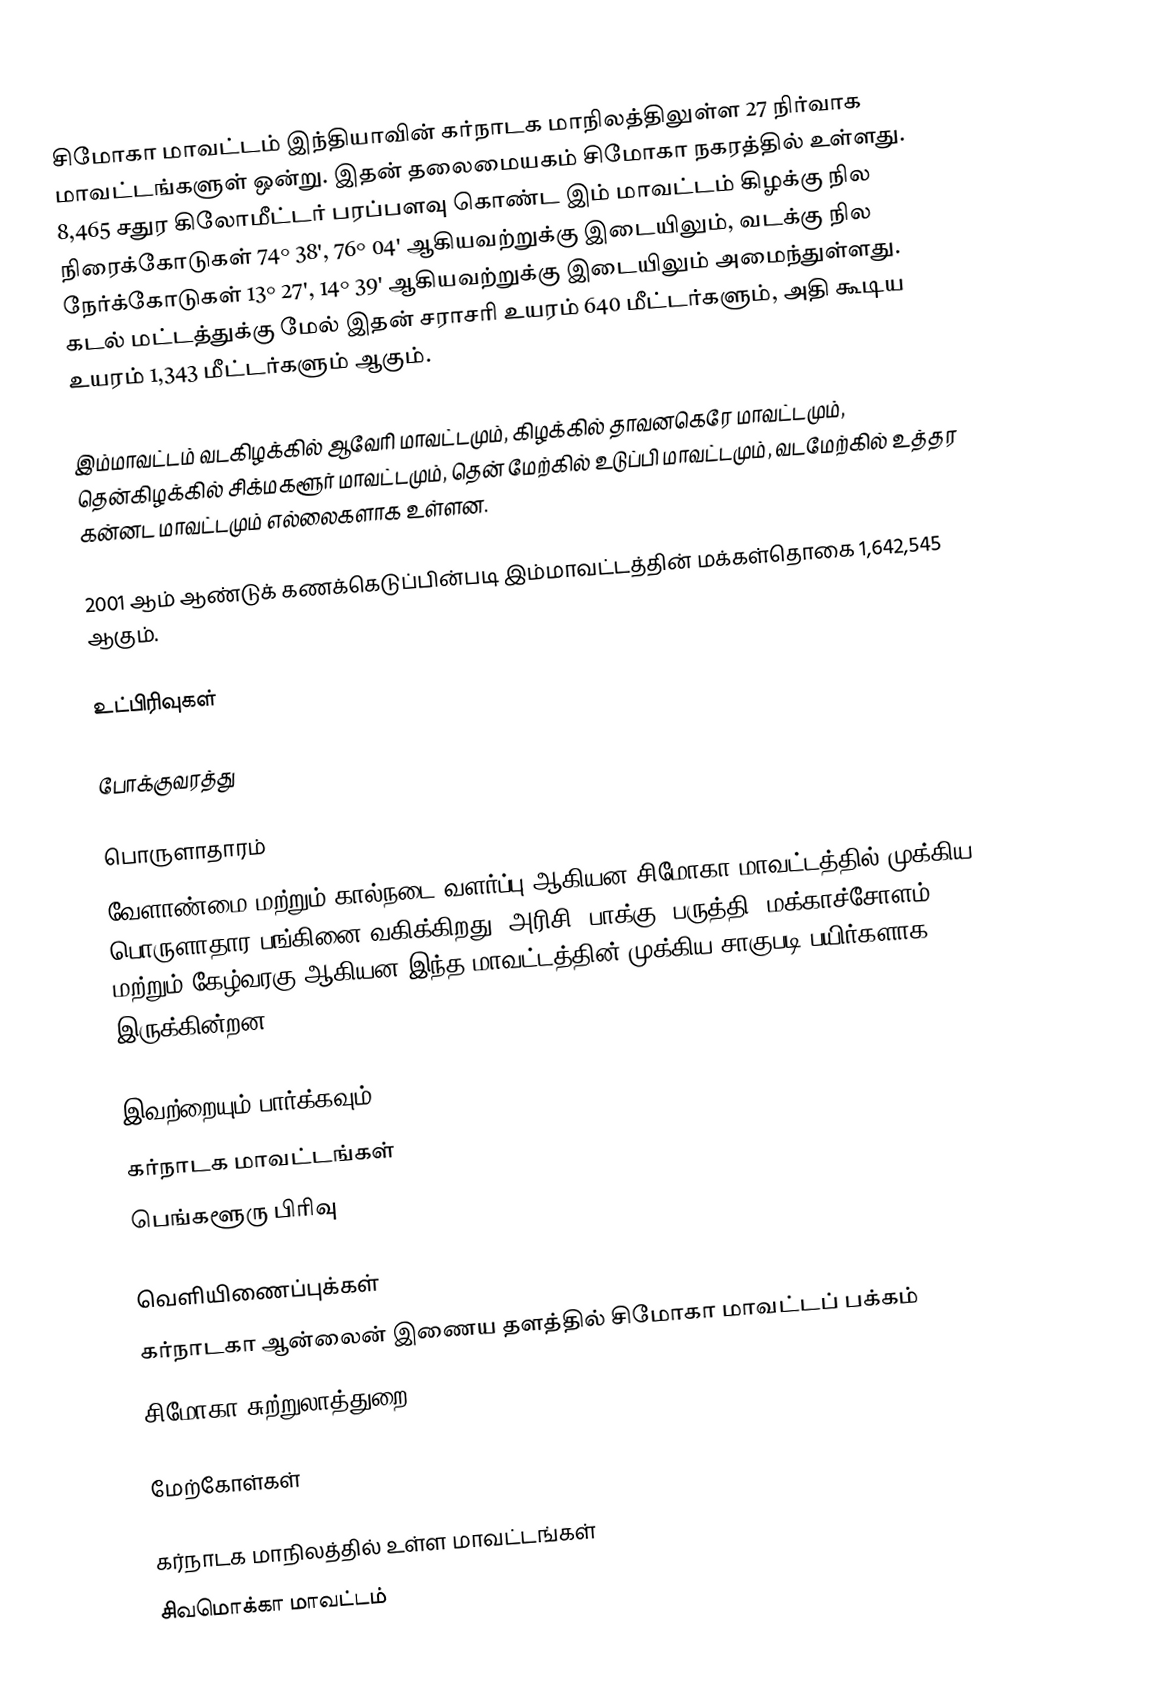
சிமோகா மாவட்டம் இந்தியாவின் கர்நாடக மாநிலத்திலுள்ள 27 நிர்வாக மாவட்டங்களுள் ஒன்று. இதன் தலைமையகம் சிமோகா நகரத்தில் உள்ளது. 8,465 சதுர கிலோமீட்டர் பரப்பளவு கொண்ட இம் மாவட்டம் கிழக்கு நில நிரைக்கோடுகள் 74° 38', 76° 04' ஆகியவற்றுக்கு இடையிலும், வடக்கு நில நேர்க்கோடுகள் 13° 27', 14° 39' ஆகியவற்றுக்கு இடையிலும் அமைந்துள்ளது. கடல் மட்டத்துக்கு மேல் இதன் சராசரி உயரம் 640 மீட்டர்களும், அதி கூடிய உயரம் 1,343 மீட்டர்களும் ஆகும்.

இம்மாவட்டம் வடகிழக்கில் ஆவேரி மாவட்டமும், கிழக்கில் தாவனகெரே மாவட்டமும், தென்கிழக்கில் சிக்மகளூர் மாவட்டமும், தென் மேற்கில் உடுப்பி மாவட்டமும், வடமேற்கில் உத்தர கன்னட மாவட்டமும் எல்லைகளாக உள்ளன.

2001 ஆம் ஆண்டுக் கணக்கெடுப்பின்படி இம்மாவட்டத்தின் மக்கள்தொகை 1,642,545 ஆகும்.

உட்பிரிவுகள்

போக்குவரத்து

பொருளாதாரம்
வேளாண்மை மற்றும் கால்நடை வளர்ப்பு ஆகியன சிமோகா மாவட்டத்தில் முக்கிய பொருளாதார பங்கினை வகிக்கிறது. அரிசி, பாக்கு, பருத்தி, மக்காச்சோளம் மற்றும் கேழ்வரகு ஆகியன இந்த மாவட்டத்தின் முக்கிய சாகுபடி பயிர்களாக இருக்கின்றன.

இவற்றையும் பார்க்கவும்
 கர்நாடக மாவட்டங்கள்
 பெங்களூரு பிரிவு

வெளியிணைப்புக்கள்
 கர்நாடகா ஆன்லைன் இணைய தளத்தில் சிமோகா மாவட்டப் பக்கம்
 சிமோகா சுற்றுலாத்துறை

மேற்கோள்கள்

கர்நாடக மாநிலத்தில் உள்ள மாவட்டங்கள்
சிவமொக்கா மாவட்டம்